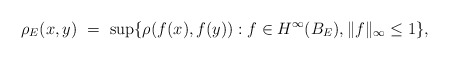
\begin{align*}\rho_E (x,y)\ =\ \sup\{\rho(f(x),f(y)): f\in H^\infty(B_E), \|f\|_\infty \le 1\},\end{align*}